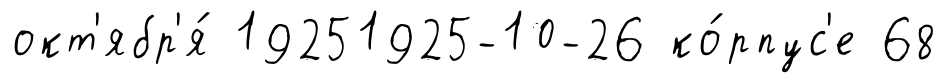
окт'ябр'я́ 19251925-10-26 ко́рпус'е 68